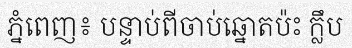
ភ្នំពេញ៖ បន្ទាប់ពីចាប់ឆ្នោតប៉ះ ក្លឹប